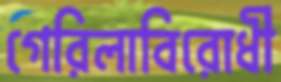
গেরিলাবিরোধী